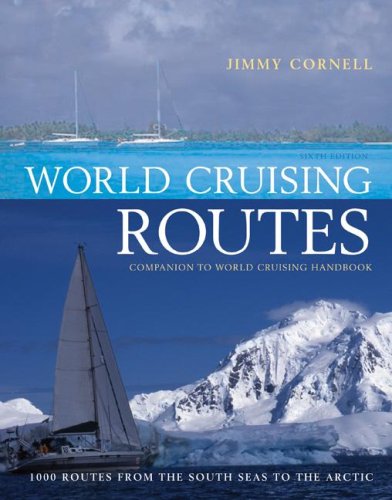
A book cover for World Cruising Routes: Sixth Edition (World Cruising Routes: Featuring Nearly 1000 Sailing Routes in All Oceans of the World); Jimmy Cornell; Travel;